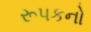
રૂપકનો